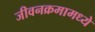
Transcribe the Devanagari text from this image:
जीवनक्रमामध्ये